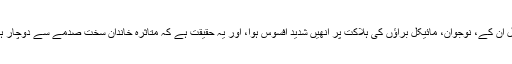
بقول اُن کے، نوجوان، مائیکل براؤں کی ہلاکت پر اُنھیں شدید افسوس ہوا، اور یہ حقیقت ہے کہ متاثرہ خاندان سخت صدمے سے دوچار ہے۔